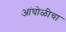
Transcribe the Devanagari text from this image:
आंघोळीचा